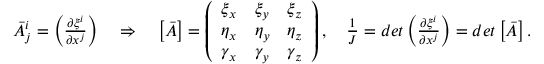
\begin{array} { r } { \bar { A } _ { j } ^ { i } = \left( \frac { \partial \xi ^ { i } } { \partial x ^ { j } } \right) \quad \Rightarrow \quad \left[ \boldsymbol { \bar { A } } \right] = \left( \begin{array} { l l l } { \xi _ { x } } & { \xi _ { y } } & { \xi _ { z } } \\ { \eta _ { x } } & { \eta _ { y } } & { \eta _ { z } } \\ { \gamma _ { x } } & { \gamma _ { y } } & { \gamma _ { z } } \end{array} \right) , \quad \frac { 1 } { J } = d e t \left( \frac { \partial \xi ^ { i } } { \partial x ^ { j } } \right) = d e t \left[ \boldsymbol { \bar { A } } \right] . } \end{array}